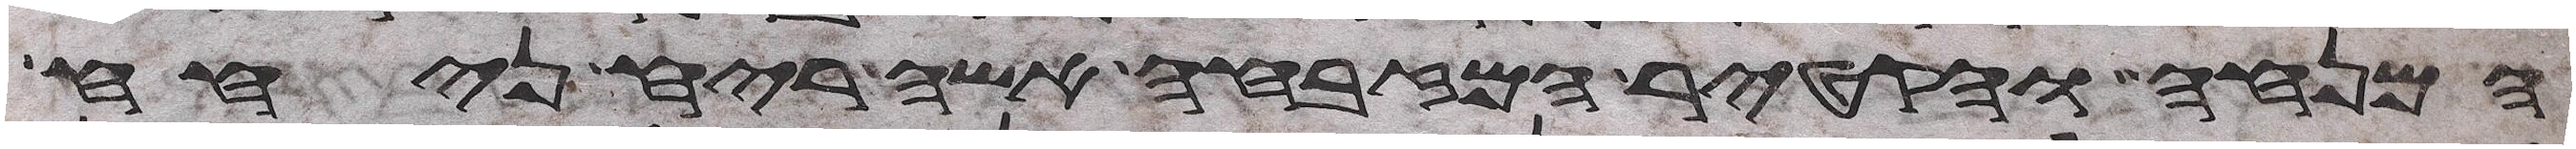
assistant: המנחה והקטיר המזבחה אשה ריח ניחח